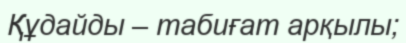
Құдайды – табиғат арқылы;